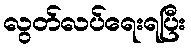
လွတ်လပ်ရေးရပြီး